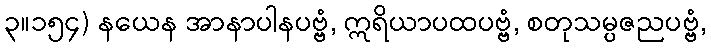
၃။၁၅၄) နယေန အာနာပါနပဗ္ဗံ, ဣရိယာပထပဗ္ဗံ, စတုသမ္ပဇညပဗ္ဗံ,